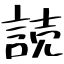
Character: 読